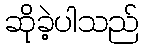
ဆိုခဲ့ပါသည်